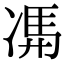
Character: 𠗦